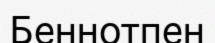
Беннотпен